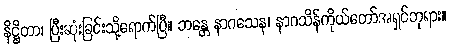
နိဋ္ဌိတာ၊ ပြီးဆုံးခြင်းသို့ရောက်ပြီ။ ဘန္တေ နာဂသေန၊ နာဂသိန်ကိုယ်တော်အရှင်ဘုရား။